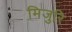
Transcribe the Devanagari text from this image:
मिजुरि